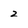
Character: 2